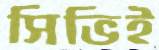
সিভিই